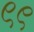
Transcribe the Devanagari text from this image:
९९